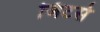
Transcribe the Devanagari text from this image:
जिटर्स